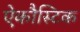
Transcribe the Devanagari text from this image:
ऐकौस्टिक